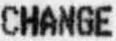
CHANGE